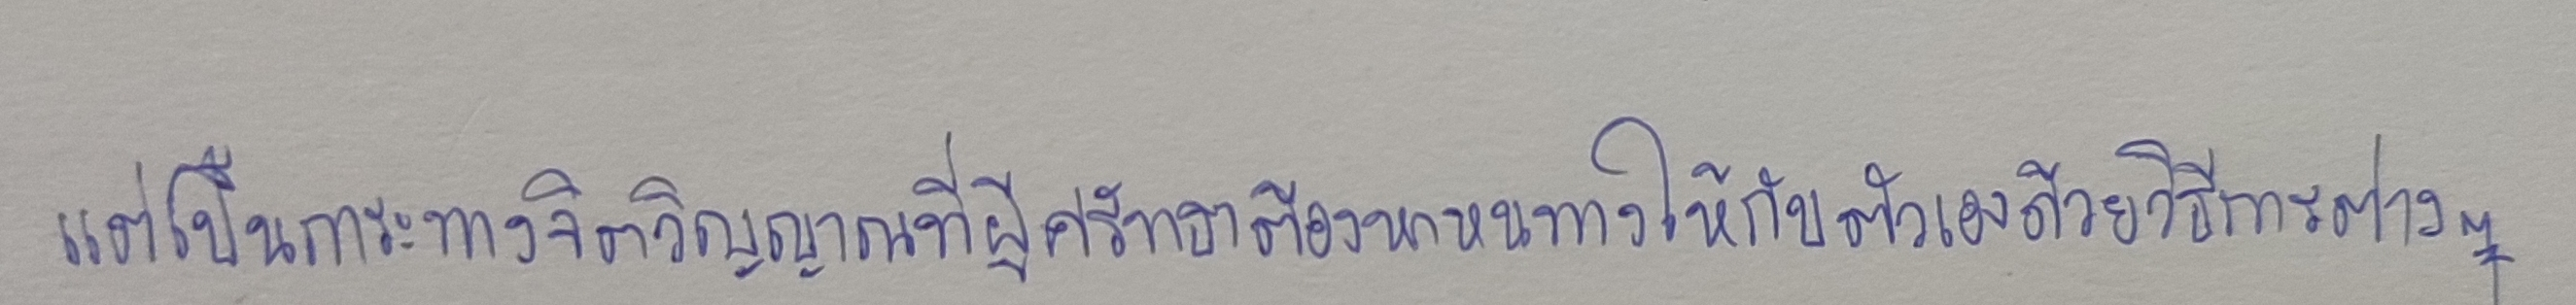
แต่เป็นภาระทางจิตวิญญาณที่ผู้ศรัทธาต้องหาหนทางให้กับตัวเองด้วยวิธีการต่างๆ